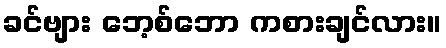
ခင်ဗျား ဘေ့စ်ဘော ကစားချင်လား။